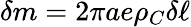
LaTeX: \delta m=2\pi ae\rho_{C}\delta\ell